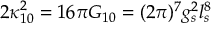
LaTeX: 2 \kappa _ { 1 0 } ^ { 2 } = 1 6 \pi G _ { 1 0 } = ( 2 \pi ) ^ { 7 } g _ { s } ^ { 2 } l _ { s } ^ { 8 }